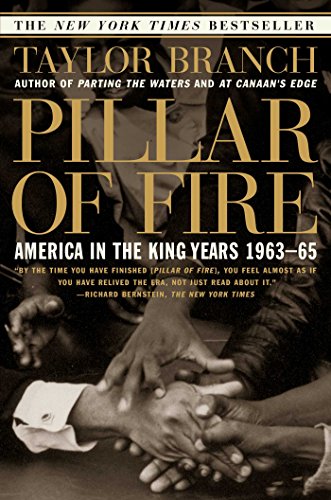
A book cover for Pillar of Fire : America in the King Years 1963-65; Taylor Branch; Biographies & Memoirs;